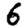
Digit: 6